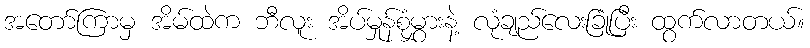
အတော်ကြာမှ အိမ်ထဲက ဘီလူး အိပ်မှုန်စုံမွှားနဲ့ လုံချည်လေးခြုံပြီး ထွက်လာတယ်။